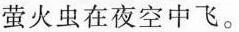
萤火虫在夜空中飞。